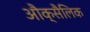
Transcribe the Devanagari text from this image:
औक्सैलिक